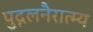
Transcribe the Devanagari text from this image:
पुद्गलनैरात्म्य